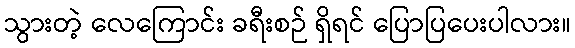
သွားတဲ့ လေကြောင်း ခရီးစဉ် ရှိရင် ပြောပြပေးပါလား။